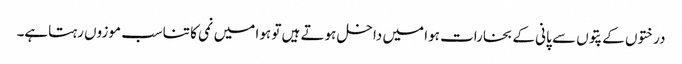
درختوں کے پتوں سے پانی کے بخارات ہوا میں داخل ہوتے ہیں تو ہوا میں نمی کا تناسب موزوں رہتاہے۔